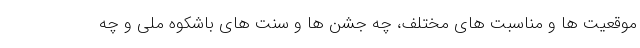
موقعیت ها و مناسبت های مختلف، چه جشن ها و سنت های باشکوه ملی و چه